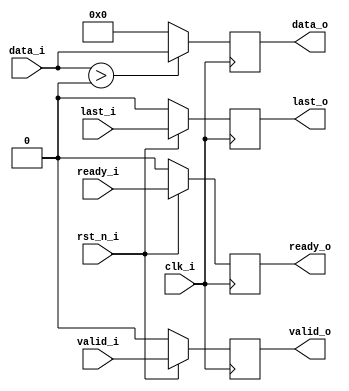
// =============================================================================
// Module:       ReLU (Rectified Linear Unit)
// Design:       Eldrick Millares
// Verification: Matthew Pauly
// Notes:
// =============================================================================

module relu #(
    parameter BW = 32
) (
    input                      clk_i,
    input                      rst_n_i,

    input  signed [BW - 1 : 0] data_i,
    input                      valid_i,
    input                      last_i,
    output                     ready_o,

    output signed [BW - 1 : 0] data_o,
    output                     valid_o,
    output                     last_o,
    input                      ready_i
);

    // =========================================================================
    // Rectification
    // =========================================================================
    reg [BW - 1 : 0] rectified;
    always @(posedge clk_i) begin
        rectified <= (data_i > 0) ? data_i : 0;
    end

    // =========================================================================
    // Output Assignment
    // =========================================================================
    // register all outputs
    reg valid_q, last_q, ready_q;
    always @(posedge clk_i) begin
        if (!rst_n_i) begin
            valid_q <= 'b0;
            last_q  <= 'b0;
            ready_q <= 'b0;
        end else begin
            valid_q <= valid_i;
            last_q  <= last_i;
            ready_q <= ready_i;
        end
    end

    assign data_o  = rectified;
    assign valid_o = valid_q;
    assign last_o  = last_q;
    assign ready_o = ready_q;

    // =========================================================================
    // Simulation Only Waveform Dump (.vcd export)
    // =========================================================================
    `ifdef COCOTB_SIM
    `ifndef SCANNED
    `define SCANNED
    initial begin
        $dumpfile ("wave.vcd");
        $dumpvars (0, relu);
        #1;
    end
    `endif
    `endif

endmodule